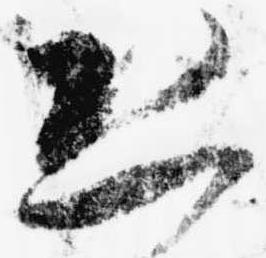
恐